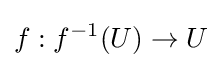
f:f^{-1}(U)\to U